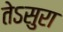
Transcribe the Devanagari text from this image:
तेऽसुरा